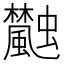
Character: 𩙐